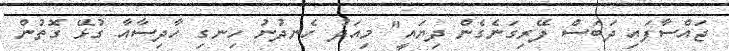
ޖައްސާފައި ދަބަސް ފޭރިިގަނެގެން ދިޔައީ" މިއަދު ހެނދުނު ހިނގި ހާދިސާއާ ގުޅޭ ގޮތުން